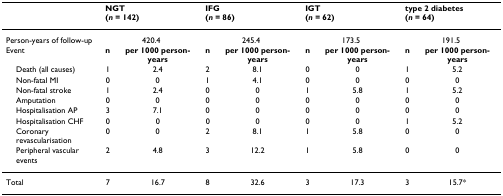
|  | <COLSPAN=2> NGT(n = 142) | <COLSPAN=2> IFG(n = 86) | <COLSPAN=2> IGT(n = 62) | <COLSPAN=2> type 2 diabetes(n = 64) |
 | --- | --- | --- | --- | --- | --- | --- | --- | --- |
 | Person-years of follow-up | <COLSPAN=2> 420.4 | <COLSPAN=2> 245.4 | <COLSPAN=2> 173.5 | <COLSPAN=2> 191.5 |
 | Event | n | per 1000 person-years | n | per 1000 person-years | n | per 1000 person-years | n | per 1000 person-years |
 | Death (all causes) | 1 | 2.4 | 2 | 8.1 | 0 | 0 | 1 | 5.2 |
 | Non-fatal MI | 0 | 0 | 1 | 4.1 | 0 | 0 | 0 | 0 |
 | Non-fatal stroke | 1 | 2.4 | 0 | 0 | 1 | 5.8 | 1 | 5.2 |
 | Amputation | 0 | 0 | 0 | 0 | 0 | 0 | 0 | 0 |
 | Hospitalisation AP | 3 | 7.1 | 0 | 0 | 0 | 0 | 0 | 0 |
 | Hospitalisation CHF | 0 | 0 | 0 | 0 | 0 | 0 | 1 | 5.2 |
 | Coronary revascularisation | 0 | 0 | 2 | 8.1 | 1 | 5.8 | 0 | 0 |
 | Peripheral vascular events | 2 | 4.8 | 3 | 12.2 | 1 | 5.8 | 0 | 0 |
 | Total | 7 | 16.7 | 8 | 32.6 | 3 | 17.3 | 3 | 15.7* |